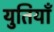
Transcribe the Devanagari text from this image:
युतियाँ